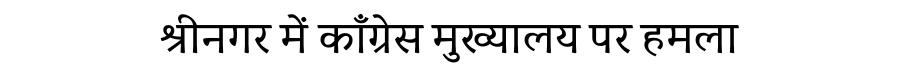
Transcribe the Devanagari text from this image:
श्रीनगर में काँग्रेस मुख्यालय पर हमला